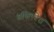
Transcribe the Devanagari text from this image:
तमिलदेश